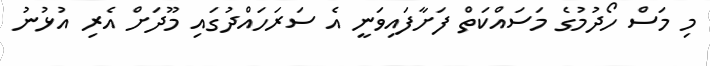
މި މަސް ހޯދުމުގެ މަސައްކަތް ފަށާފައިވަނީ އެ ސަރަހައްދުގައި މޫދަށް އެރި އުޅުނު